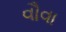
વૌવા